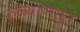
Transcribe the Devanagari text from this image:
फळ्यांपासून